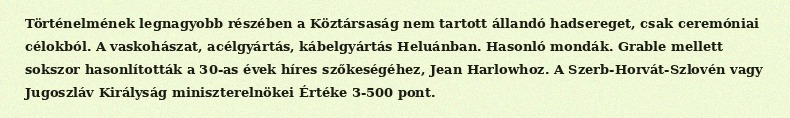
Történelmének legnagyobb részében a Köztársaság nem tartott állandó hadsereget, csak ceremóniai célokból. A vaskohászat, acélgyártás, kábelgyártás Heluánban. Hasonló mondák. Grable mellett sokszor hasonlították a 30-as évek híres szőkeségéhez, Jean Harlowhoz. A Szerb-Horvát-Szlovén vagy Jugoszláv Királyság miniszterelnökei Értéke 3-500 pont.